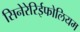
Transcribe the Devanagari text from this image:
सिनेरेरिईफोलियम